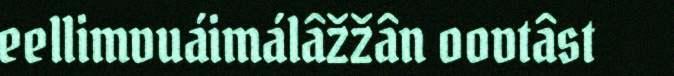
eellimvuáimálâžžân oovtâst